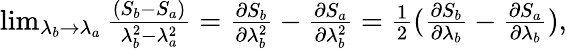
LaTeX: \begin{array}{r}{\operatorname*{lim}_{\lambda_{b}\rightarrow\lambda_{a}}\frac{(S_{b}-S_{a})}{\lambda_{b}^{2}-\lambda_{a}^{2}}=\frac{\partial S_{b}}{\partial\lambda_{b}^{2}}-\frac{\partial S_{a}}{\partial\lambda_{b}^{2}}=\frac{1}{2}(\frac{\partial S_{b}}{\partial\lambda_{b}}-\frac{\partial S_{a}}{\partial\lambda_{b}}),}\end{array}